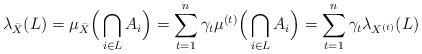
LaTeX: \begin{align*} \lambda_{\bar{X}}(L)=\mu_{\bar{X}} \Big(\bigcap_{i\in L} A_i \Big) = \sum_{t=1}^{n}\gamma_t\mu^{(t)} \Big(\bigcap_{i\in L} A_i \Big) = \sum_{t=1}^{n}\gamma_t \lambda_{X^{(t)}}(L)\end{align*}